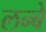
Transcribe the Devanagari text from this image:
लन्बे